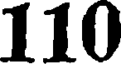
110